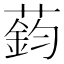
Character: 𫉟